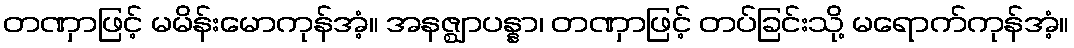
တဏှာဖြင့် မမိန်းမောကုန်အံ့။ အနဇ္ဈာပန္နာ၊ တဏှာဖြင့် တပ်ခြင်းသို့ မရောက်ကုန်အံ့။